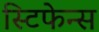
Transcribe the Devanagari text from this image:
स्टिफेन्स